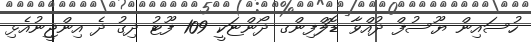
ހުސައިން ޔޫސުފް ދުއްވާ ޑޮލްފިންގ ދޯންޏަކީ 109 ފޫޓު ދިގު ދެ އިންޖީނުއެޅި